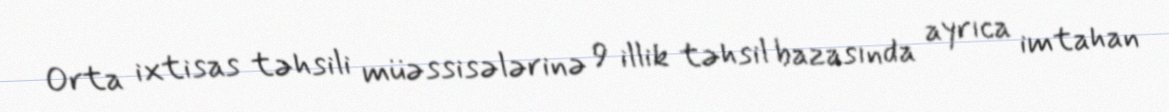
Orta ixtisas təhsili müəssisələrinə 9 illik təhsil bazasında ayrıca imtahan